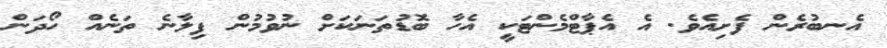
އެނބުރެން ފެށިއެވެ. އެ އެޕާޓްމެންޓަކީ އެހާ ބޮޑުތަނަކަށް ނުވުމުން ފިލާނެ ތަނެއް ހޯދަން